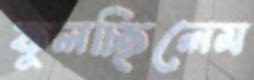
ফুলচ্ছিলেম